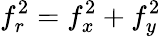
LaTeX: f_{r}^{2}=f_{x}^{2}+f_{y}^{2}